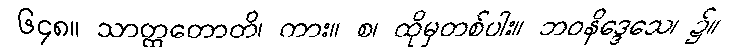
၆၄၈။ သာတ္ထတောတိ၊ ကား။ စ၊ ထိုမှတစ်ပါး။ ဘဝနိဒ္ဒေသေ၊ ၌။